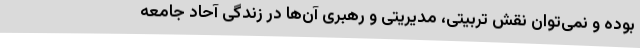
بوده و نمی‌توان نقش تربیتی، مدیریتی و رهبری آن‌ها در زندگی آحاد جامعه